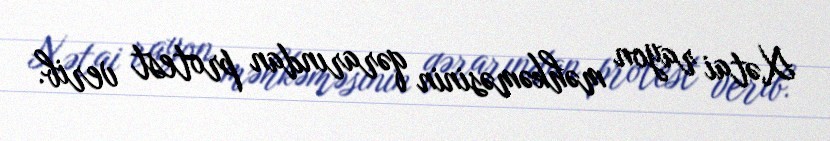
Xətai rayon məhkəməsinin qərarından protest verib.